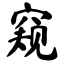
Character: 窥